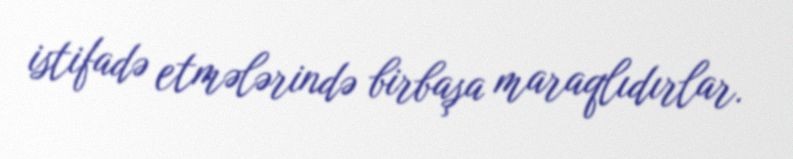
istifadə etmələrində birbaşa maraqlıdırlar.